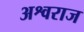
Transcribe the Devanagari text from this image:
अश्वराज